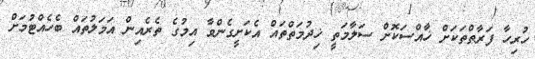
ހުރިހާ ފަރާތްތަކަށް ޚާއްސަކޮށް ސަލާމަތީ ޚިދުމަތްތައް އެކަށީގެންވާ އިމުގެ ތެރެއިން އަމަލުތައް ބެހެއްޓުމަށް